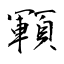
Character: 顐